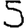
Digit: 5